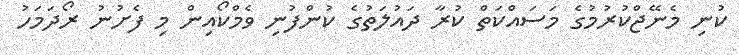
ކުނި މެނޭޖްކުރުމުގެ މަސައްކަތް ކުރާ ދައުލަތުގެ ކުންފުނި ވެމްކޯއިން މި ފެށުނު ރޯދަމަހު